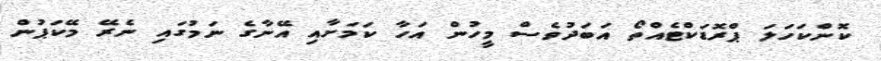
ކޮންކަހަލަ ޕްރޮޑަކްޓެއްތޯ އަބަދުވެސް މީހުން އަހާ ކަމަށާއި އޭނާގެ ނަމުގައި ނެރޭ މޭކަޕުން